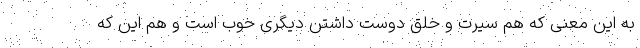
به این معنی که هم سیرت و خُلق دوست داشتن دیگری خوب است و هم این که